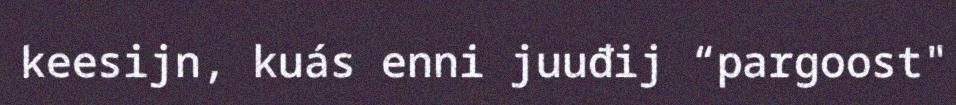
keesijn, kuás enni juuđij “pargoost"